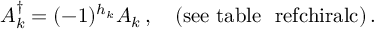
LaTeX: A _ { k } ^ { \dagger } = ( - 1 ) ^ { h _ { k } } A _ { k } \, , \quad \mathrm { ( s e e ~ t a b l e ~ \ r e f { c h i r a l c } ) } \, .